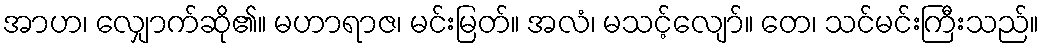
အာဟ၊ လျှောက်ဆို၏။ မဟာရာဇ၊ မင်းမြတ်။ အလံ၊ မသင့်လျော်။ တေ၊ သင်မင်းကြီးသည်။